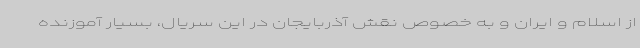
از اسلام و ایران و به خصوص نقش آذربایجان در این سریال، بسیار آموزنده